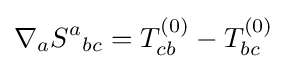
\nabla _{a}{S^{a}}_{bc}=T_{cb}^{(0)}-T_{bc}^{(0)}